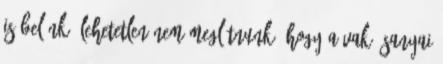
is belénk, lehetetlen nem meglátnunk, hogy a vak ősanyai